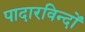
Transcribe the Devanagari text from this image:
पादारविन्दों